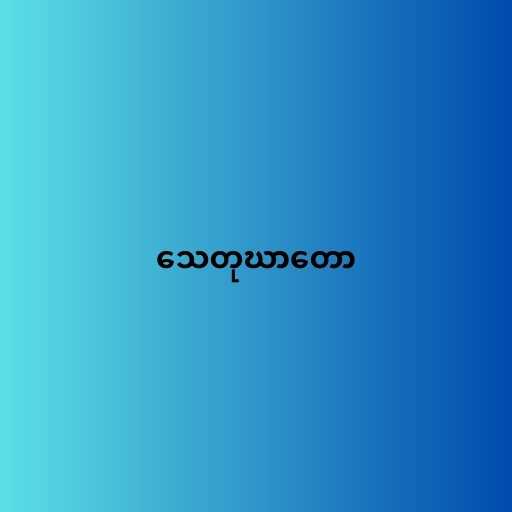
သေတုဃာတော